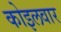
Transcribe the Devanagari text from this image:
कोइलवार